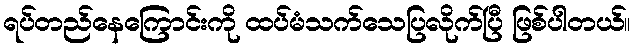
ရပ်တည်နေကြောင်းကို ထပ်မံသက်သေပြလိုက်ပြီ ဖြစ်ပါတယ်။